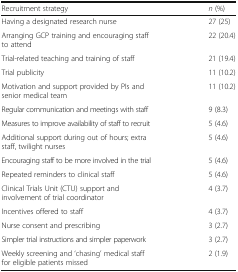
| Recruitment strategy | n (%) |
 | --- | --- |
 | Having a designated research nurse | 27 (25) |
 | Arranging GCP training and encouraging staff to attend | 22 (20.4) |
 | Trial-related teaching and training of staff | 21 (19.4) |
 | Trial publicity | 11 (10.2) |
 | Motivation and support provided by PIs and senior medical team | 11 (10.2) |
 | Regular communication and meetings with staff | 9 (8.3) |
 | Measures to improve availability of staff to recruit | 5 (4.6) |
 | Additional support during out of hours; extra staff, twilight nurses | 5 (4.6) |
 | Encouraging staff to be more involved in the trial | 5 (4.6) |
 | Repeated reminders to clinical staff | 5 (4.6) |
 | Clinical Trials Unit (CTU) support and involvement of trial coordinator | 4 (3.7) |
 | Incentives offered to staff | 4 (3.7) |
 | Nurse consent and prescribing | 3 (2.7) |
 | Simpler trial instructions and simpler paperwork | 3 (2.7) |
 | Weekly screening and ‘chasing’ medical staff for eligible patients missed | 2 (1.9) |